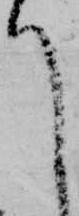
て